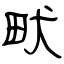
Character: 畎